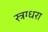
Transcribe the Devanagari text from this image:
स्त्रग्धरा